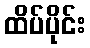
ထိပ်ပိုင်း